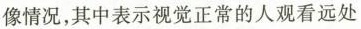
像情况，其中表示视觉正常的人观看远处